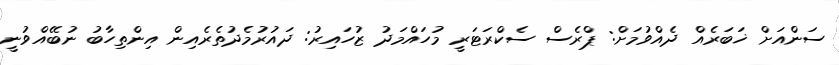
ސަންއަށް ޚަބަރެއް ދެއްވުމަށް: ޕްރެސް ސެކްރަޓަރީ މުހައްމަދު ޒުހައިރު: ދައުރުމެދުތެރެއިން އިންތިހާބު ނުބޭއްވުނީ